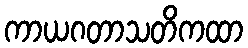
ကာယဂတာသတိကထာ